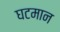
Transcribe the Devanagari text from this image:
घटमान